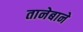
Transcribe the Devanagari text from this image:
तानेबाने